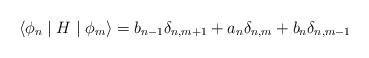
LaTeX: \begin{align*}\left\langle \phi _{n}\mid H\mid \phi _{m}\right\rangle =b_{n-1}\delta_{n,m+1}+a_{n}\delta _{n,m}+b_{n}\delta _{n,m-1} \end{align*}